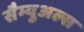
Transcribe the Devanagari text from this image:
सैम्युअल्स